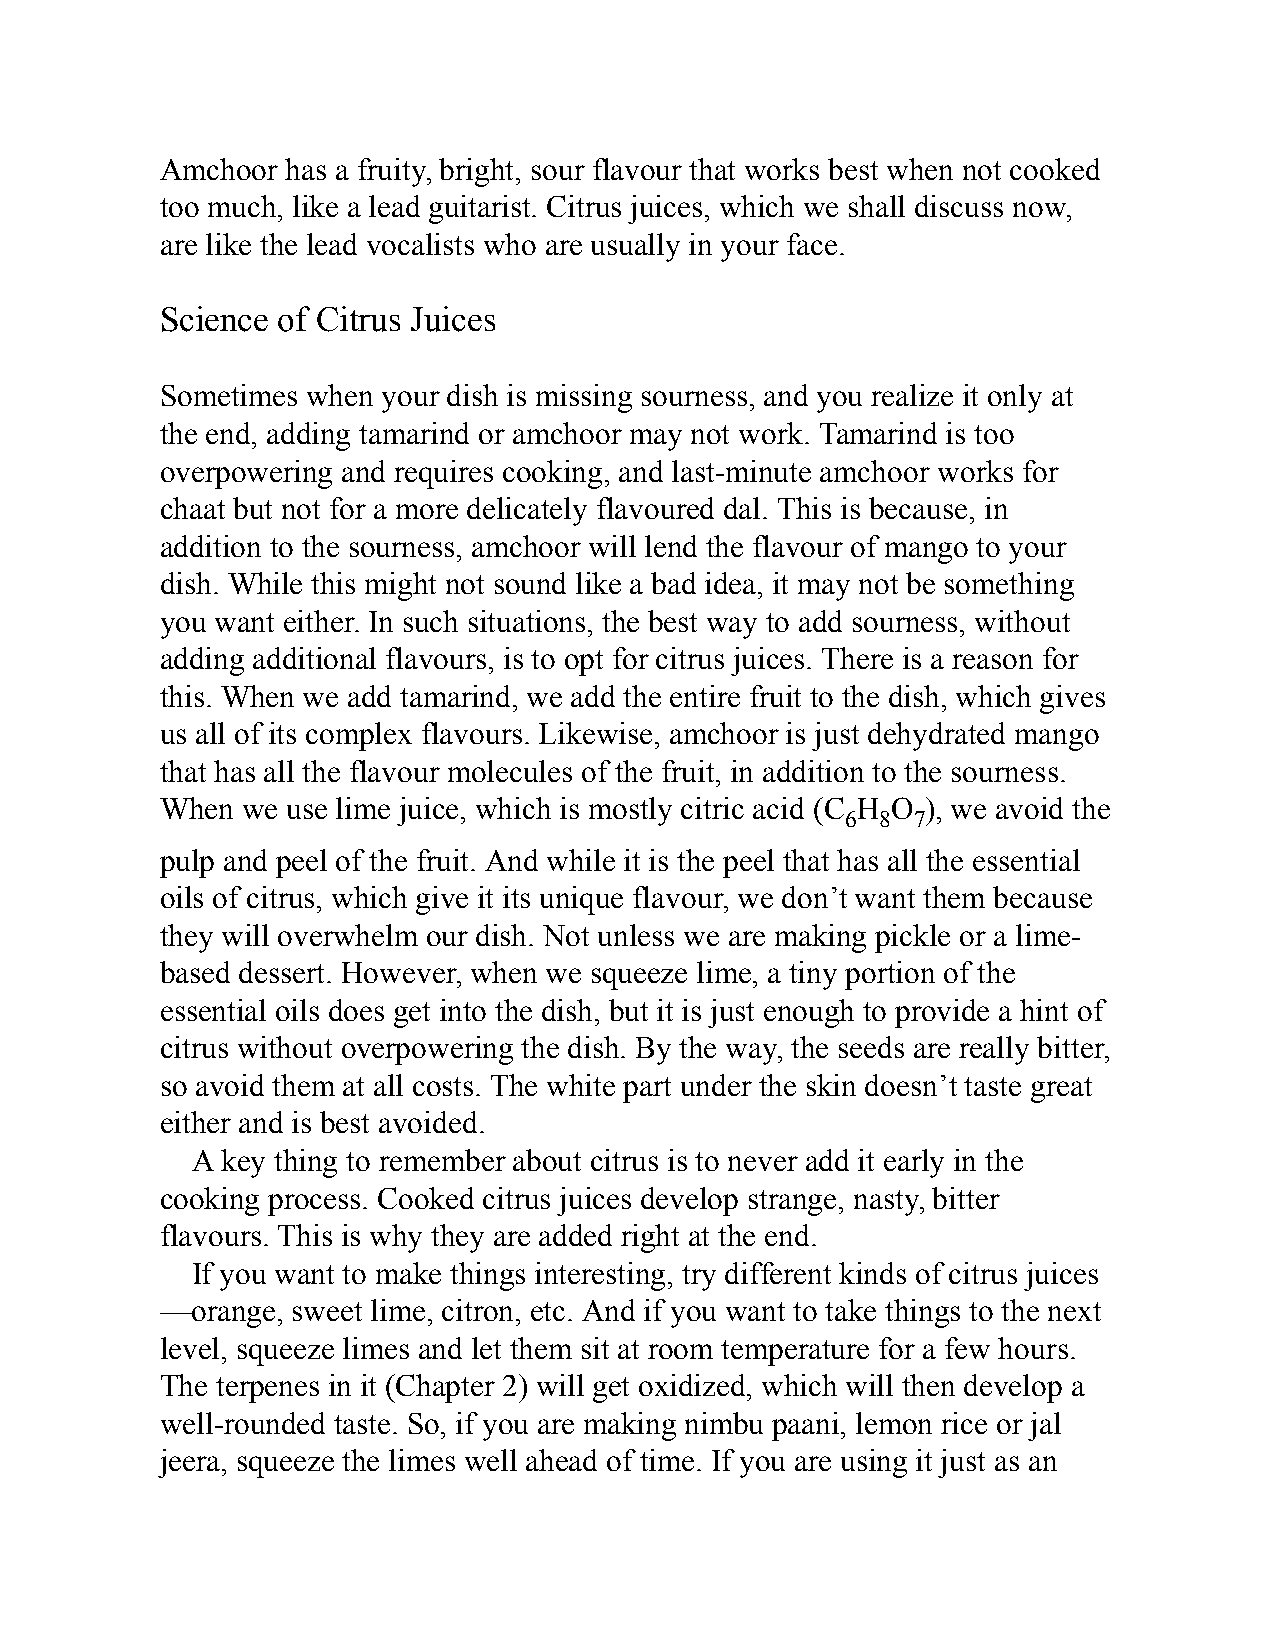
Amchoor has a fruity, bright, sour flavour that works best when not cooked
 too much, like a lead guitarist. Citrus juices, which we shall discuss now,
 are like the lead vocalists who are usually in your face.
 Science of Citrus Juices
 Sometimes when your dish is missing sourness, and you realize it only at
 the end, adding tamarind or amchoor may not work. Tamarind is too
 overpowering and requires cooking, and last-minute amchoor works for
 chaat but not for a more delicately flavoured dal. This is because, in
 addition to the sourness, amchoor will lend the flavour of mango to your
 dish. While this might not sound like a bad idea, it may not be something
 you want either. In such situations, the best way to add sourness, without
 adding additional flavours, is to opt for citrus juices. There is a reason for
 this. When we add tamarind, we add the entire fruit to the dish, which gives
 us all of its complex flavours. Likewise, amchoor is just dehydrated mango
 that has all the flavour molecules of the fruit, in addition to the sourness.
 When we use lime juice, which is mostly citric acid (C H O ), we avoid the
 6 8 7
 pulp and peel of the fruit. And while it is the peel that has all the essential
 oils of citrus, which give it its unique flavour, we don’t want them because
 they will overwhelm our dish. Not unless we are making pickle or a lime-
 based dessert. However, when we squeeze lime, a tiny portion of the
 essential oils does get into the dish, but it is just enough to provide a hint of
 citrus without overpowering the dish. By the way, the seeds are really bitter,
 so avoid them at all costs. The white part under the skin doesn’t taste great
 either and is best avoided.
 A key thing to remember about citrus is to never add it early in the
 cooking process. Cooked citrus juices develop strange, nasty, bitter
 flavours. This is why they are added right at the end.
 If you want to make things interesting, try different kinds of citrus juices
 —orange, sweet lime, citron, etc. And if you want to take things to the next
 level, squeeze limes and let them sit at room temperature for a few hours.
 The terpenes in it (Chapter 2) will get oxidized, which will then develop a
 well-rounded taste. So, if you are making nimbu paani, lemon rice or jal
 jeera, squeeze the limes well ahead of time. If you are using it just as an